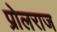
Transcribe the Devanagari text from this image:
प्रोलराज